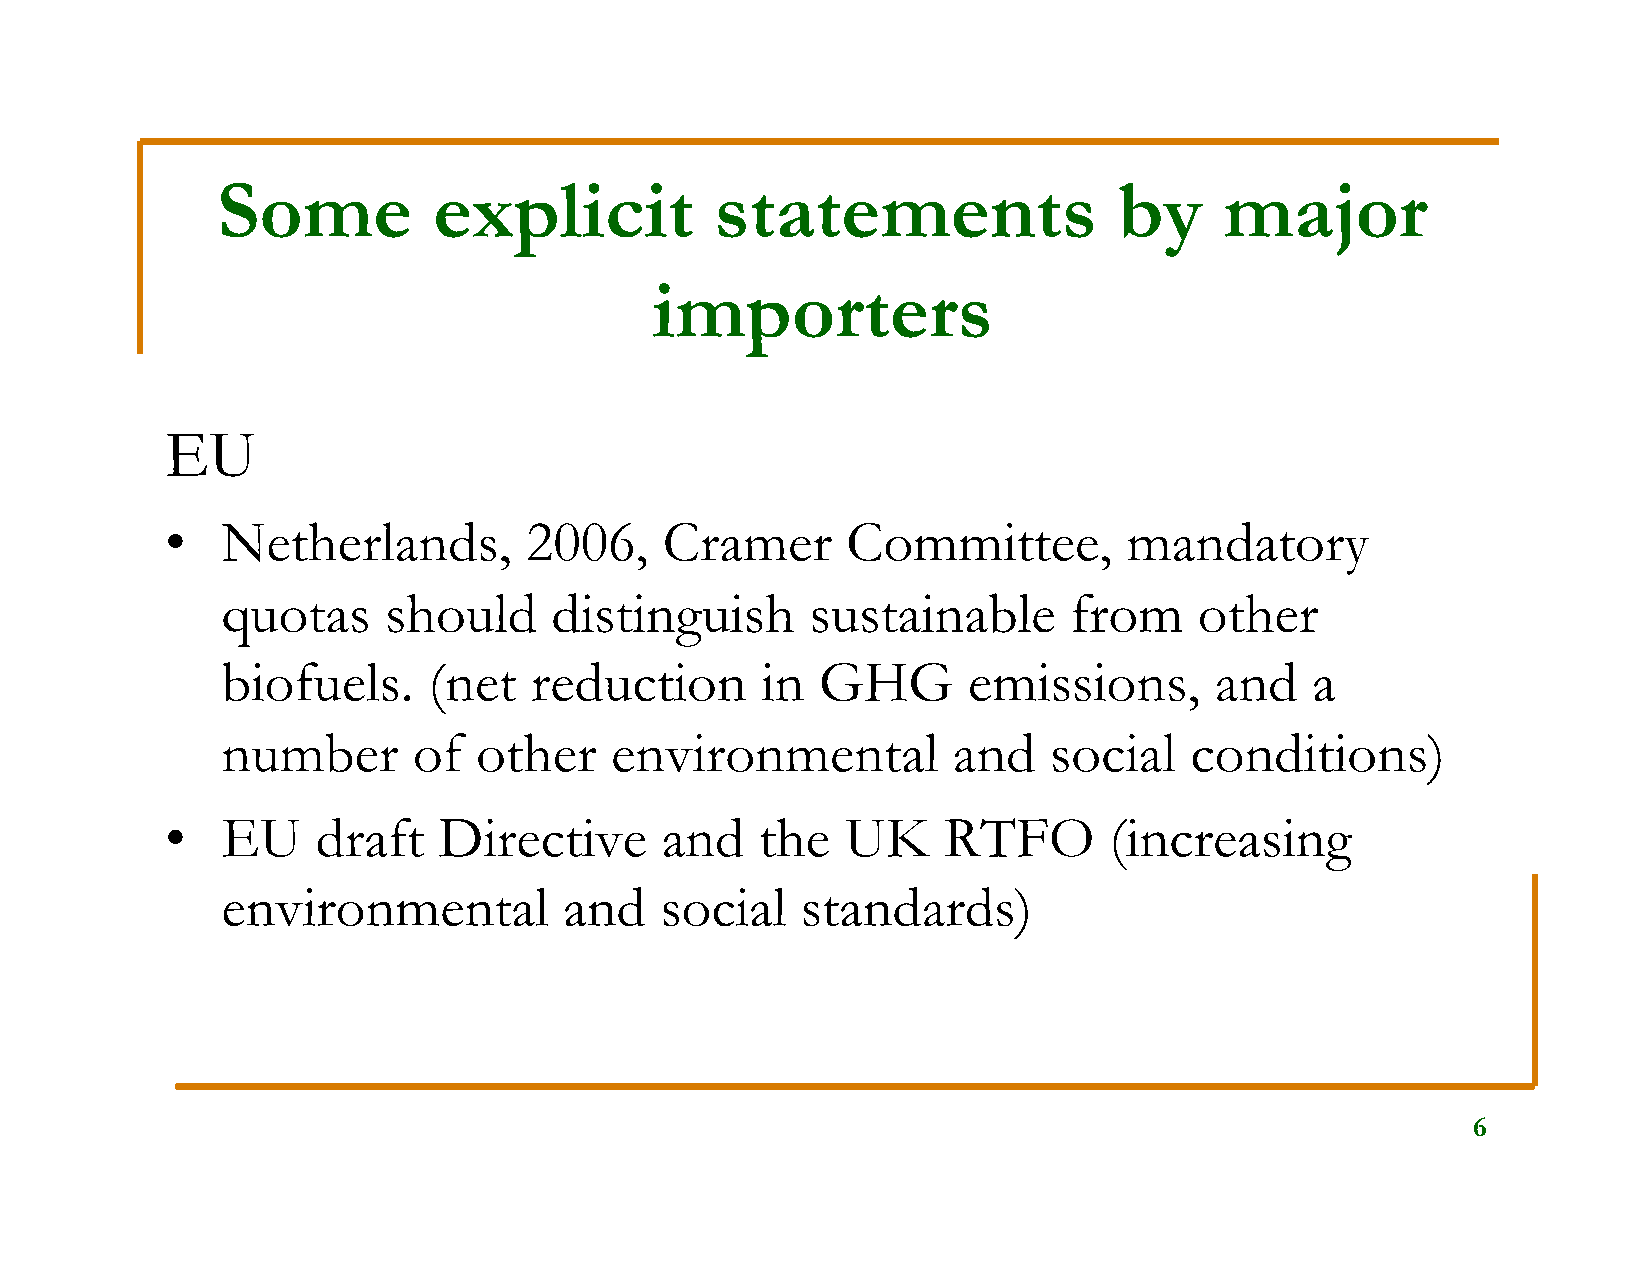
Some           explicit          statements                 by     major
 importers
 EU
 •   Netherlands,        2006,    Cramer      Committee,         mandatory
 quotas    should     distinguish       sustainable      from    other
 biofuels.    (net   reduction      in  GHG       emissions,      and    a
 number      of   other   environmental          and   social    conditions)
 •   EU    draft   Directive      and   the   UK    RTFO       (increasing
 environmental         and    social   standards)
 6